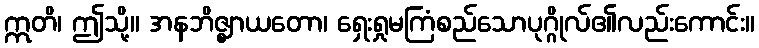
ဣတိ၊ ဤသို့။ အနဘိဇ္ဈာယတော၊ ရှေးရှုမကြံစည်သောပုဂ္ဂိုလ်၏လည်းကောင်း။